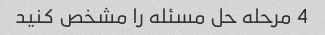
4 مرحله حل مسئله را مشخص کنید